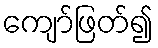
ကျော်ဖြတ်၍